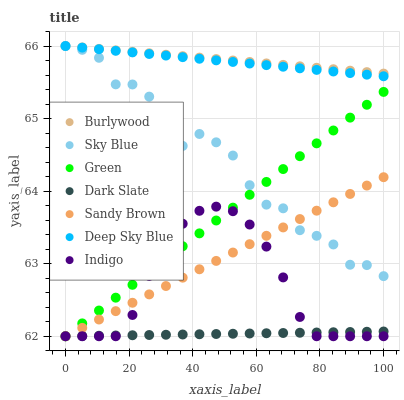
| xaxis_label | Burlywood | Sky Blue | Green | Dark Slate | Sandy Brown | Deep Sky Blue | Indigo |
 | --- | --- | --- | --- | --- | --- | --- | --- |
 | 0 | 66 | 66 | 62 | 62 | 62 | 66 | 62 |
 | 5.26 | 66 | 65.9 | 62.2 | 62 | 62.1 | 66 | 62 |
 | 10.5 | 66 | 65.8 | 62.4 | 62 | 62.2 | 66 | 62 |
 | 15.8 | 65.9 | 65.5 | 62.5 | 62 | 62.3 | 65.9 | 62 |
 | 21.1 | 65.9 | 65.5 | 62.7 | 62 | 62.5 | 65.9 | 62.3 |
 | 26.3 | 65.9 | 65.3 | 62.9 | 62 | 62.6 | 65.9 | 62.8 |
 | 31.6 | 65.9 | 64.8 | 63.1 | 62 | 62.7 | 65.9 | 63.3 |
 | 36.8 | 65.9 | 64.6 | 63.2 | 62 | 62.8 | 65.8 | 63.6 |
 | 42.1 | 65.8 | 64.8 | 63.4 | 62 | 62.9 | 65.8 | 63.7 |
 | 47.4 | 65.8 | 64.7 | 63.6 | 62 | 63 | 65.8 | 63.8 |
 | 52.6 | 65.8 | 64.5 | 63.8 | 62 | 63.2 | 65.8 | 63.7 |
 | 57.9 | 65.8 | 64.1 | 63.9 | 62 | 63.3 | 65.8 | 63.5 |
 | 63.2 | 65.8 | 63.8 | 64.1 | 62 | 63.4 | 65.7 | 63.2 |
 | 68.4 | 65.7 | 63.8 | 64.3 | 62 | 63.5 | 65.7 | 62.8 |
 | 73.7 | 65.7 | 63.5 | 64.5 | 62 | 63.6 | 65.7 | 62.3 |
 | 78.9 | 65.7 | 63.4 | 64.7 | 62.1 | 63.7 | 65.7 | 62 |
 | 84.2 | 65.7 | 63.3 | 64.8 | 62.1 | 63.8 | 65.6 | 62 |
 | 89.5 | 65.7 | 63 | 65 | 62.1 | 64 | 65.6 | 62 |
 | 94.7 | 65.6 | 63 | 65.2 | 62.1 | 64.1 | 65.6 | 62 |
 | 100 | 65.6 | 62.8 | 65.4 | 62.1 | 64.2 | 65.6 | 62 |